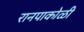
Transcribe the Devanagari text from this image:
रानपाकोळी